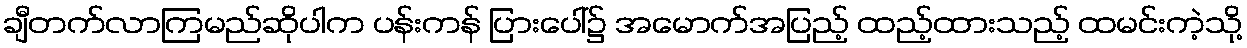
ချီတက်လာကြမည်ဆိုပါက ပန်းကန် ပြားပေါ်၌ အမောက်အပြည့် ထည့်ထားသည့် ထမင်းကဲ့သို့